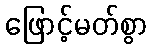
ဖြောင့်မတ်စွာ